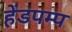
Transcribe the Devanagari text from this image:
हेंडपम्प